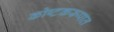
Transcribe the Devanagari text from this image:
कोष्टकरूपात